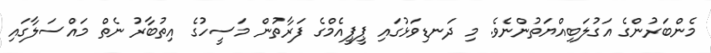
މެންބަރުންގެ އަގުލަބިއްޔަތުންނެވެ. މި ދަނޑިވަޅުގައި ޕީޕީއެމްގެ ފަރާތުން މަސީހުގެ އިތުބާރު ނެތް މައްސަލާގައި